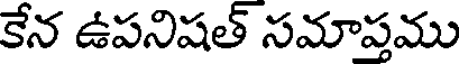
కేన ఉపనిషత్ సమాప్తము